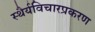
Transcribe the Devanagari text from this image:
स्थैर्यविचारप्रकरण